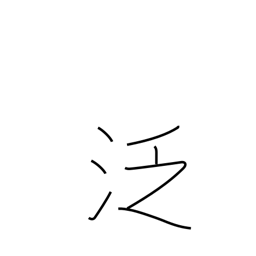
Meaning: careless